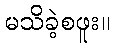
မသိခဲ့စဖူး။